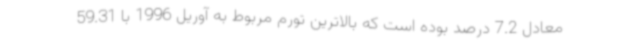
معادل 7.2 درصد بوده است که بالاترین تورم مربوط به آوریل 1996 با 59.31